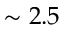
\sim 2 . 5